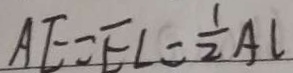
A E = E L = \frac { 1 } { 2 } A L